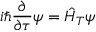
i \hbar \frac { \partial } { \partial \tau } \psi = \hat { H } _ { T } \psi